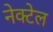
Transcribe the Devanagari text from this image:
नेक्टेल